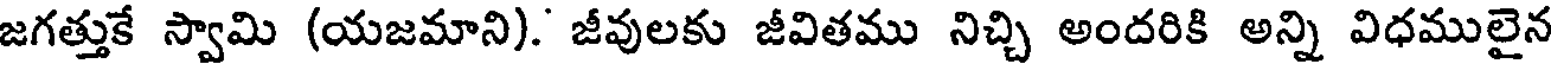
జగత్తుకే స్వామి (యజమాని). జీవులకు జీవితము నిచ్చి అందరికి అన్ని విధములైన